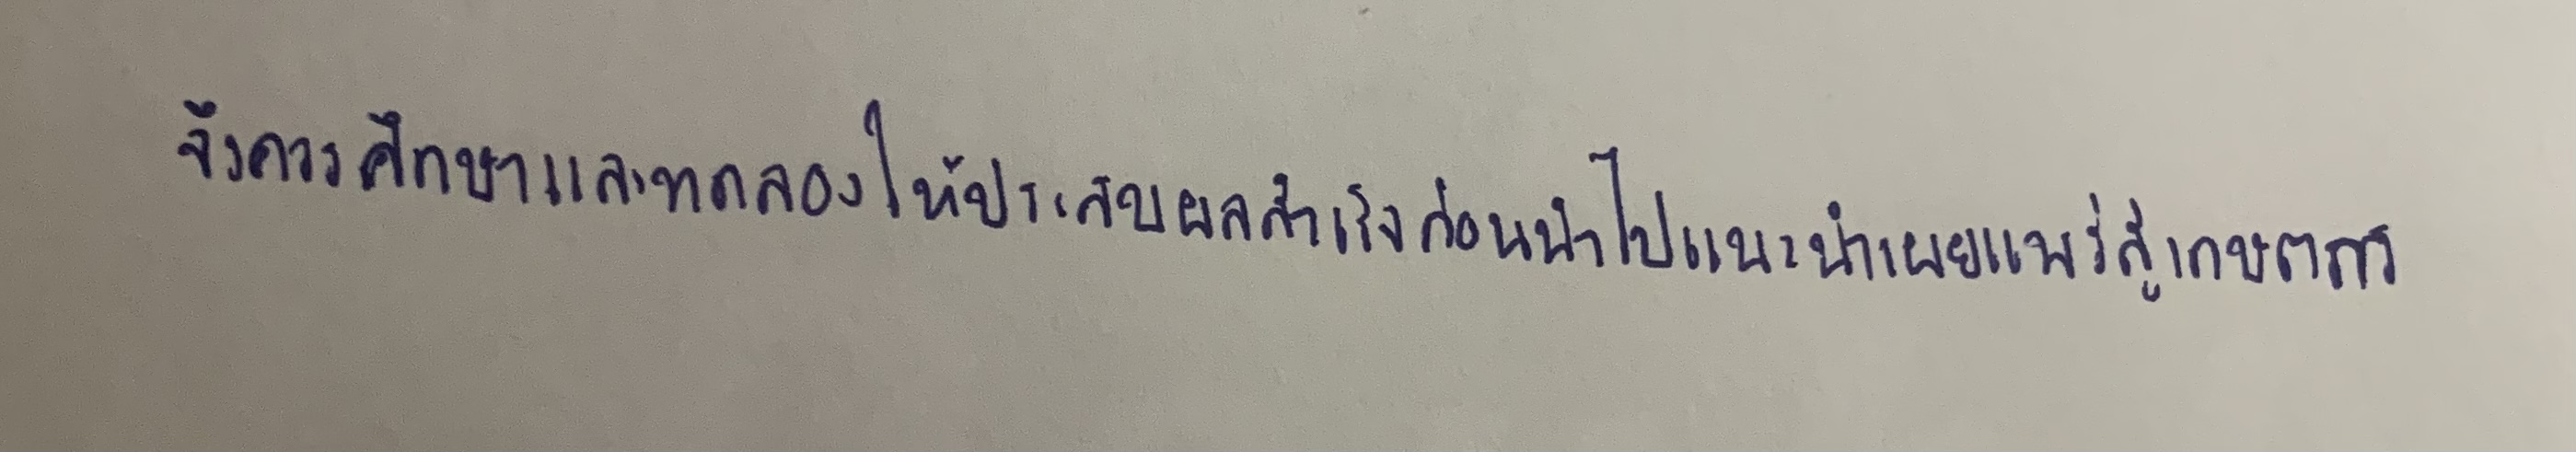
จึงควรศึกษาและทดลองให้ประสบผลสำเร็จก่อนนำไปแนะนำเผยแพร่สู่เกษตรกร